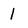
Character: 1